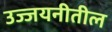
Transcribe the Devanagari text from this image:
उज्जयनीतील